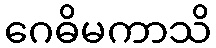
ဂေဓိမကာသိ